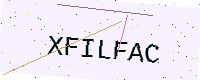
Text: XFILFAC